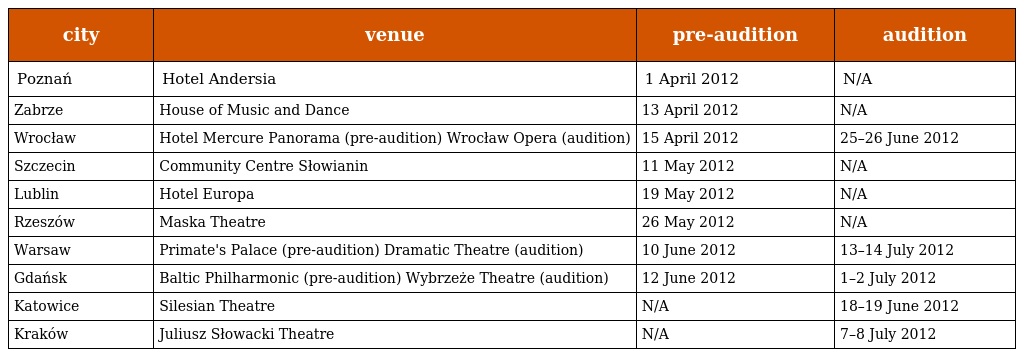
| city | venue | pre-audition | audition |
 | --- | --- | --- | --- |
 | Poznań | Hotel Andersia | 1 April 2012 | N/A |
 | Zabrze | House of Music and Dance | 13 April 2012 | N/A |
 | Wrocław | Hotel Mercure Panorama (pre-audition) Wrocław Opera (audition) | 15 April 2012 | 25–26 June 2012 |
 | Szczecin | Community Centre Słowianin | 11 May 2012 | N/A |
 | Lublin | Hotel Europa | 19 May 2012 | N/A |
 | Rzeszów | Maska Theatre | 26 May 2012 | N/A |
 | Warsaw | Primate's Palace (pre-audition) Dramatic Theatre (audition) | 10 June 2012 | 13–14 July 2012 |
 | Gdańsk | Baltic Philharmonic (pre-audition) Wybrzeże Theatre (audition) | 12 June 2012 | 1–2 July 2012 |
 | Katowice | Silesian Theatre | N/A | 18–19 June 2012 |
 | Kraków | Juliusz Słowacki Theatre | N/A | 7–8 July 2012 |